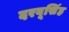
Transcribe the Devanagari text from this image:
दरबूसिंह